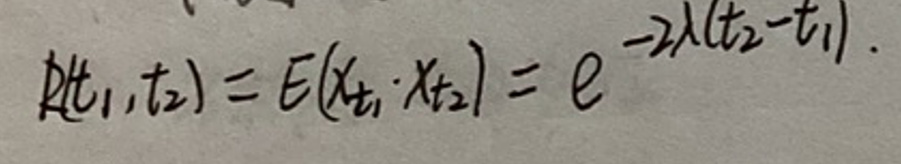
\(R(t_1,t_2)=E(x_{t_1}x_{t_2})=e^{-2\lambda(t_2 - t_1)}\)